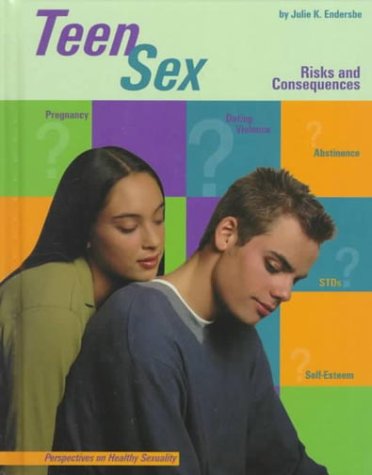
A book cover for Teen Sex: Risks and Consequences (Perspectives on Healthy Sexuality); Julie Endersbe; Teen & Young Adult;